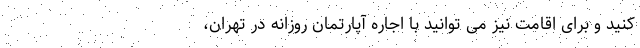
کنید و برای اقامت نیز می توانید با اجاره آپارتمان روزانه در تهران،